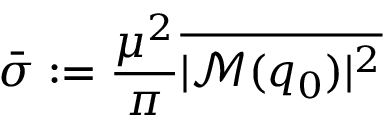
\bar { \sigma } : = \frac { \mu ^ { 2 } } { \pi } \overline { { | \mathcal { M } ( q _ { 0 } ) | ^ { 2 } } }